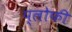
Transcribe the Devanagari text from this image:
प्लोफी